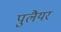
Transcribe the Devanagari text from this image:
पुलैयर